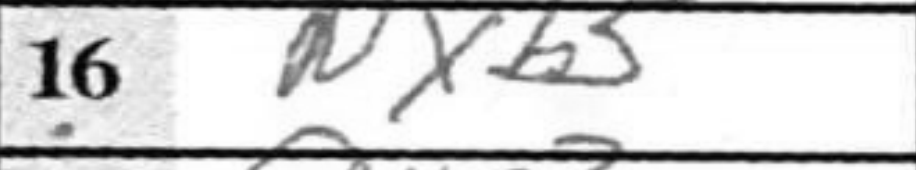
Transcription: Nxb5